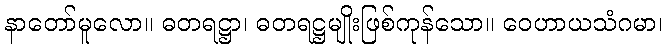
နာတော်မူလော။ ဓတရဋ္ဌာ၊ ဓတရဋ္ဌမျိုးဖြစ်ကုန်သော။ ဝေဟာယသံဂမာ၊